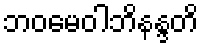
ဘဝမေဝါဘိနန္ဒတိ